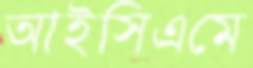
আইসিএমে